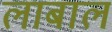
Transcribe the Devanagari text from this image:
लाबाल